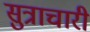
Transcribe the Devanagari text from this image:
सुत्राचारी